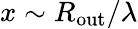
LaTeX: x\sim R_{\mathrm{out}}/\lambda